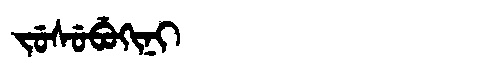
Manchu: ᠵᡠᠰᡠᠪᡠᡴᡳᠨᡳ
Romanization: JUSUBUKINI